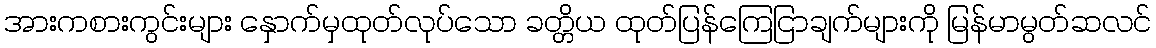
အားကစားကွင်းများ နှောက်မှထုတ်လုပ်သော ခတ္တိယ ထုတ်ပြန်ကြေငြာချက်များကို မြန်မာမွတ်ဆလင်